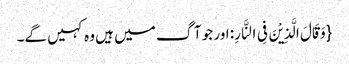
{وَ قَالَ الَّذِیْنَ فِی النَّارِ: اور جو آگ میں ہیں وہ کہیں گے۔